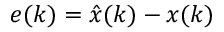
e ( k ) = { \hat { x } } ( k ) - x ( k )